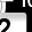
Digit: 2